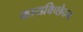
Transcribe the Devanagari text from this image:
कायविच्छेदन